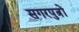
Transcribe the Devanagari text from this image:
सगरपुत्रों